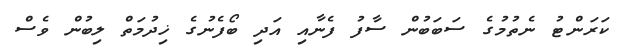
ކަރަންޓު ނެތުމުގެ ސަބަބުން ސާފު ފެނާއި އަދި ބޯފެނުގެ ޚިދުމަތް ލިބުން ވެސް